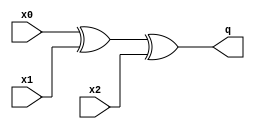
/*
* -----------------------------------------------------------------
* DOCUMENT: "Cryptanalysis of Efficient Masked Ciphers: Applications to Low Latency" (TCHES 2022, Issue 1)
* -----------------------------------------------------------------
*
* Copyright (c) 2021, Aein Rezaei Shahmirzadi
*
* All rights reserved.
*
* THIS SOFTWARE IS PROVIDED BY THE COPYRIGHT HOLDERS AND CONTRIBUTORS "AS IS" AND
* ANY EXPRESS OR IMPLIED WARRANTIES, INCLUDING, BUT NOT LIMITED TO, THE IMPLIED
* WARRANTIES OF MERCHANTABILITY AND FITNESS FOR A PARTICULAR PURPOSE ARE
* DISCLAIMED. IN NO EVENT SHALL THE COPYRIGHT HOLDER OR CONTRIBUTERS BE LIABLE FOR ANY
* DIRECT, INDIRECT, INCIDENTAL, SPECIAL, EXEMPLARY, OR CONSEQUENTIAL DAMAGES
* (INCLUDING, BUT NOT LIMITED TO, PROCUREMENT OF SUBSTITUTE GOODS OR SERVICES;
* LOSS OF USE, DATA, OR PROFITS; OR BUSINESS INTERRUPTION) HOWEVER CAUSED AND
* ON ANY THEORY OF LIABILITY, WHETHER IN CONTRACT, STRICT LIABILITY, OR TORT
* (INCLUDING NEGLIGENCE OR OTHERWISE) ARISING IN ANY WAY OUT OF THE USE OF THIS
* SOFTWARE, EVEN IF ADVISED OF THE POSSIBILITY OF SUCH DAMAGE.
*
* Please see LICENSE and README for license and further instructions.
*/

module XOR_3(
    input x0,
    input x1,
    input x2,
    output q
    );

	assign q = x0 ^ x1 ^ x2;
endmodule